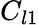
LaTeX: C_{l1}